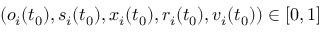
( o _ { i } ( t _ { 0 } ) , s _ { i } ( t _ { 0 } ) , x _ { i } ( t _ { 0 } ) , r _ { i } ( t _ { 0 } ) , v _ { i } ( t _ { 0 } ) ) \in [ 0 , 1 ]